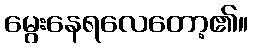
မွေးနေရလေတော့၏။